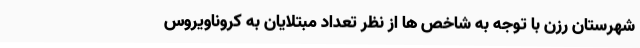
شهرستان رزن با توجه به شاخص ها از نظر تعداد مبتلایان به کروناویروس